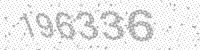
Solution: 196336